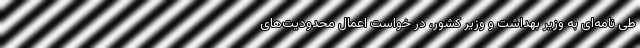
طی نامه‌ای به وزیر بهداشت و وزیر کشور، در خواست اعمال محدودیت‌های